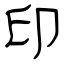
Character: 印